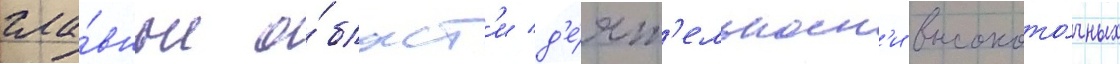
гла́вные о́бласт'и д'е́ят'ельност'и высокото́чных